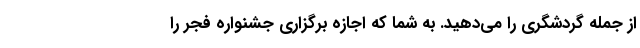
از جمله گردشگری را می‌دهید. به شما که اجازه برگزاری جشنواره فجر را